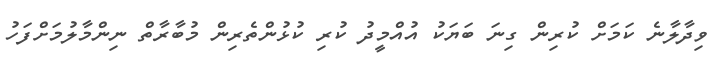
ވިދާލާނެ ކަމަށް ކުރިން ގިނަ ބަޔަކު އުއްމީދު ކުރި ކުޅުންތެރިން މުބާރާތް ނިންމާލުމަށްފަހު